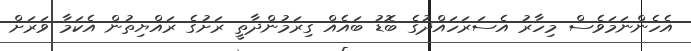
އެހެންނަމަވެސް މިހާރު އެސަރަހައްދުގެ ބޮޑު ބައެއް ގިރަމުންދާތީ ރަށުގެ ރައްޔިތުން އެކަމާ ވަރަށް